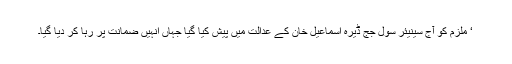
‘ ملزم کو آج سینیئر سول جج ڈیرہ اسماعیل خان کے عدالت میں پیش کیا گیا جہاں انہیں ضمانت پر رہا کر دیا گیا۔